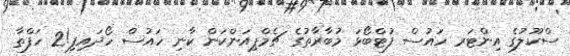
ސްކޫލުގެ އިންޓަރ ހައުސް ފުޓްބޯޅަ މުބާރާތުގެ ޗެމްޕިއަންކަން ކާނި ހައުސް ހޯދައިފި!2 ހަފްތާ